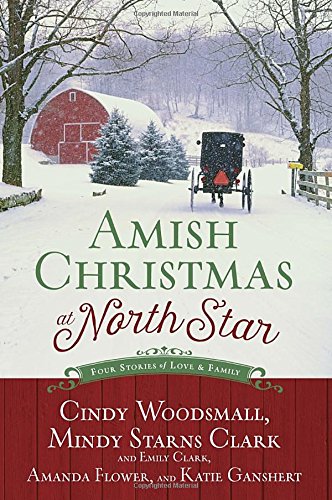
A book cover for Amish Christmas at North Star: Four Stories of Love and Family; Cindy Woodsmall; Romance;